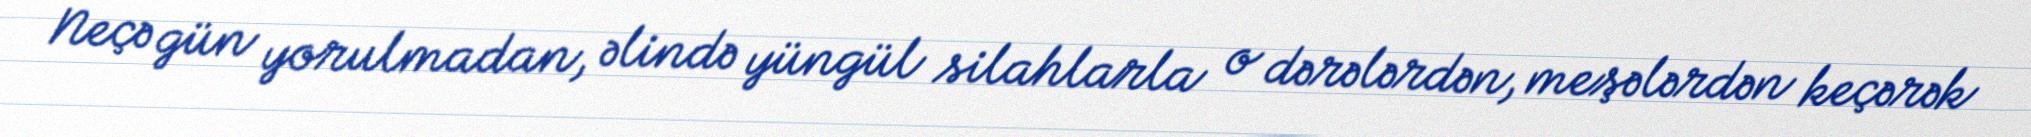
Neçə gün yorulmadan, əlində yüngül silahlarla o dərələrdən, meşələrdən keçərək